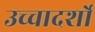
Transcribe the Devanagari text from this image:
उच्चादर्शो